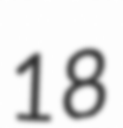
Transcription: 18